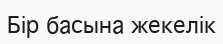
Бір басына жекелік